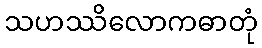
သဟဿိလောကဓာတုံ